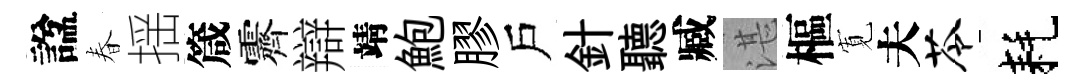
諡春揺箴霽辯靖鮑膠戶針聽臧湛樞𡩖夫苓耗